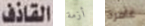
القاذف أزمة غامرة